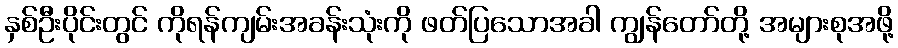
နှစ်ဦးပိုင်းတွင် ကိုရန်ကျမ်းအခန်းသုံးကို ဖတ်ပြသောအခါ ကျွန်တော်တို့ အများစုအဖို့